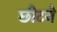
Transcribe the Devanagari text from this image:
छीटने